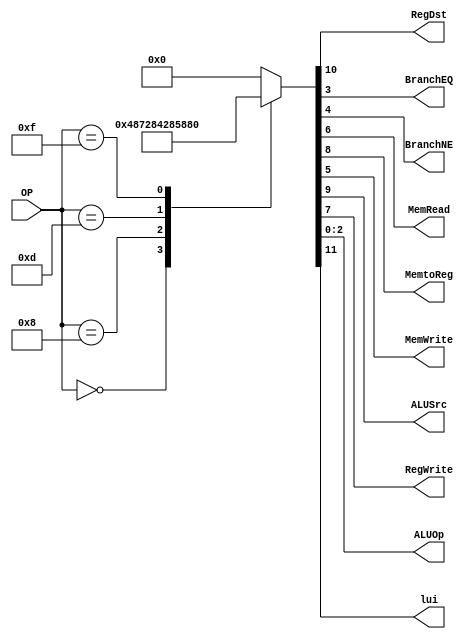
/******************************************************************
* Description
*	This is control unit for the MIPS processor. The control unit is 
*	in charge of generation of the control signals. Its only input 
*	corresponds to opcode from the instruction.
*	1.0
* Author:
*	Dr. Jos Luis Pizano Escalante
* email:
*	luispizano@iteso.mx
* Date:
*	01/03/2014
******************************************************************/
module Control
(
	input [5:0]OP,
	
	output RegDst,
	output BranchEQ,
	output BranchNE,
	output MemRead,
	output MemtoReg,
	output MemWrite,
	output ALUSrc,
	output RegWrite,
	output [2:0]ALUOp,
	output lui
);
localparam R_Type = 0;
localparam I_Type_ADDI = 6'h8;
localparam I_Type_ORI = 6'h0D;
localparam I_Type_LUI = 6'h0F;

reg [11:0] ControlValues;

always@(OP) begin
	casex(OP)
		R_Type:       	ControlValues= 12'b0_1_001_00_00_111;
		I_Type_ADDI:   ControlValues= 12'b0_0_101_00_00_100;
		I_Type_ORI:    ControlValues= 12'b0_0_101_00_00_101;
		I_Type_LUI:    ControlValues= 12'b1_0_001_00_00_000;
		
		default:
			ControlValues= 12'b0;
		endcase
end	
	
assign lui 		 = ControlValues[11];

assign RegDst =   ControlValues[10];

assign ALUSrc =   ControlValues[9];
assign MemtoReg = ControlValues[8];
assign RegWrite = ControlValues[7];

assign MemRead =  ControlValues[6];
assign MemWrite = ControlValues[5];

assign BranchNE = ControlValues[4];
assign BranchEQ = ControlValues[3];

assign ALUOp =    ControlValues[2:0];	

endmodule